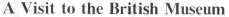
AVisit to the British Museum